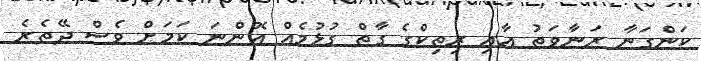
ކަންގަނާ ރަނާވަތު އާއި ރިތިކްގެ ގާތް ގުޅުމެއް އޮންނަ ކަމަށް ވެސް ދޭތެރެ